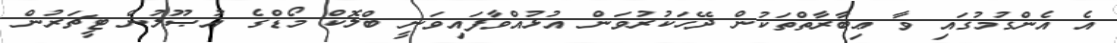
އެ އެންގުމުގައި ވާ ޢިބާރާތްތަކުން ދޭހަކުރުވަން އުޅުއްވާފައިވަނީ ބްލޮކް މޯޑްގެ އުޞޫލުން ޓީޗަރުން